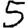
Digit: 5